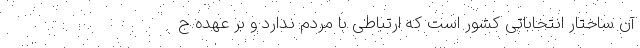
آن ساختار انتخاباتی کشور است که ارتباطی با مردم ندارد و بر عهده ج